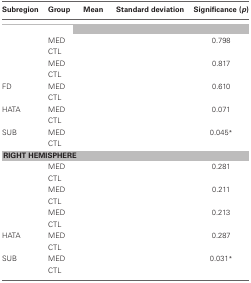
<table><thead><tr><td><b>Subregion</b></td><td><b>Group</b></td><td><b>Mean</b></td><td><b>Standard deviation</b></td><td><b>Significance (<i>p</i>)</b></td></tr></thead><tbody><tr><td colspan="5">[EMPTY_CELL]</td></tr><tr><td>[EMPTY_CELL]</td><td>MED</td><td>[EMPTY_CELL]</td><td>[EMPTY_CELL]</td><td>0.798</td></tr><tr><td>[EMPTY_CELL]</td><td>CTL</td><td>[EMPTY_CELL]</td><td>[EMPTY_CELL]</td><td>[EMPTY_CELL]</td></tr><tr><td>[EMPTY_CELL]</td><td>MED</td><td>[EMPTY_CELL]</td><td>[EMPTY_CELL]</td><td>0.817</td></tr><tr><td>[EMPTY_CELL]</td><td>CTL</td><td>[EMPTY_CELL]</td><td>[EMPTY_CELL]</td><td>[EMPTY_CELL]</td></tr><tr><td>FD</td><td>MED</td><td>[EMPTY_CELL]</td><td>[EMPTY_CELL]</td><td>0.610</td></tr><tr><td>[EMPTY_CELL]</td><td>CTL</td><td>[EMPTY_CELL]</td><td>[EMPTY_CELL]</td><td>[EMPTY_CELL]</td></tr><tr><td>HATA</td><td>MED</td><td>[EMPTY_CELL]</td><td>[EMPTY_CELL]</td><td>0.071</td></tr><tr><td>[EMPTY_CELL]</td><td>CTL</td><td>[EMPTY_CELL]</td><td>[EMPTY_CELL]</td><td>[EMPTY_CELL]</td></tr><tr><td>SUB</td><td>MED</td><td>[EMPTY_CELL]</td><td>[EMPTY_CELL]</td><td>0.045<sup>*</sup></td></tr><tr><td>[EMPTY_CELL]</td><td>CTL</td><td>[EMPTY_CELL]</td><td>[EMPTY_CELL]</td><td>[EMPTY_CELL]</td></tr><tr><td colspan="5"><b>RIGHT HEMISPHERE</b></td></tr><tr><td>[EMPTY_CELL]</td><td>MED</td><td>[EMPTY_CELL]</td><td>[EMPTY_CELL]</td><td>0.281</td></tr><tr><td>[EMPTY_CELL]</td><td>CTL</td><td>[EMPTY_CELL]</td><td>[EMPTY_CELL]</td><td>[EMPTY_CELL]</td></tr><tr><td>[EMPTY_CELL]</td><td>MED</td><td>[EMPTY_CELL]</td><td>[EMPTY_CELL]</td><td>0.211</td></tr><tr><td>[EMPTY_CELL]</td><td>CTL</td><td>[EMPTY_CELL]</td><td>[EMPTY_CELL]</td><td>[EMPTY_CELL]</td></tr><tr><td>[EMPTY_CELL]</td><td>MED</td><td>[EMPTY_CELL]</td><td>[EMPTY_CELL]</td><td>0.213</td></tr><tr><td>[EMPTY_CELL]</td><td>CTL</td><td>[EMPTY_CELL]</td><td>[EMPTY_CELL]</td><td>[EMPTY_CELL]</td></tr><tr><td>HATA</td><td>MED</td><td>[EMPTY_CELL]</td><td>[EMPTY_CELL]</td><td>0.287</td></tr><tr><td>[EMPTY_CELL]</td><td>CTL</td><td>[EMPTY_CELL]</td><td>[EMPTY_CELL]</td><td>[EMPTY_CELL]</td></tr><tr><td>SUB</td><td>MED</td><td>[EMPTY_CELL]</td><td>[EMPTY_CELL]</td><td>0.031<sup>*</sup></td></tr><tr><td>[EMPTY_CELL]</td><td>CTL</td><td>[EMPTY_CELL]</td><td>[EMPTY_CELL]</td><td>[EMPTY_CELL]</td></tr></tbody></table>